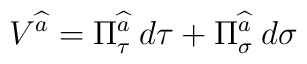
V^{\widehat{a}}=\Pi ^{\widehat{a}}_{\tau }\: d\tau +\Pi ^{\widehat{a}}_{\sigma }\: d\sigma